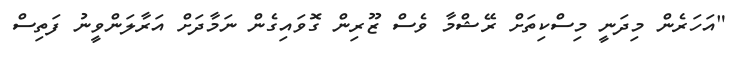
"އަހަރެން މިދަނީ މިސްކިތަށް ރޭޝްމާ ވެސް ޒޫރިން ގޮވައިގެން ނަމާދަށް އަރާލަންވީނު ފަތިސް